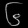
Digit: ၆